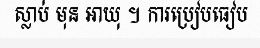
ស្លាប់ មុន អាយុ ។ ការប្រៀបធៀប